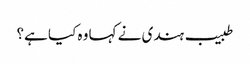
طبیب ہندی نے کہا وہ کیا ہے؟